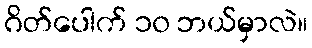
ဂိတ်ပေါက် ၁၀ ဘယ်မှာလဲ။